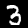
Digit: 3